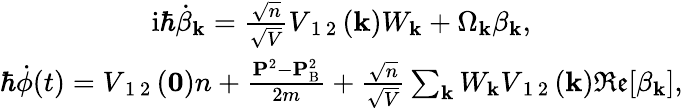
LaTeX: \begin{array}{r}{\begin{array}{c}{\mathrm{i}\hbar\dot{\beta}_{\mathbf{k}}=\frac{\sqrt{n}}{\sqrt{V}}V_{\mathrm{~1~2~}}(\mathbf{k})W_{\mathbf{k}}+\Omega_{\mathbf{k}}\beta_{\mathbf{k}},}\\ {\hbar\dot{\phi}(t)=V_{\mathrm{~1~2~}}(\mathbf{0})n+\frac{\mathbf{P}^{2}-\mathbf{P}_{\textrm{B}}^{2}}{2m}+\frac{\sqrt{n}}{\sqrt{V}}\sum_{\mathbf{k}}W_{\mathbf{k}}V_{\mathrm{~1~2~}}(\mathbf{k})\mathfrak{Re}[\beta_{\mathbf{k}}],}\end{array}}\end{array}